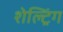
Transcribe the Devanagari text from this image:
शेल्ट्रिंग